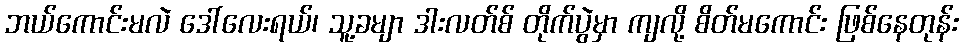
ဘယ်ကောင်းမလဲ ဒေါ်လေးရယ်၊ သူ့ခမျာ ဒါးလတ်စ် တိုက်ပွဲမှာ ကျလို့ စိတ်မကောင်း ဖြစ်နေတုန်း